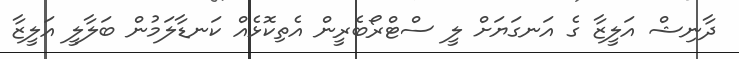
ދާނިޝް އަލީޒާ ގެ އަނގަޔަށް ލީ ސްޓްރޯބެރީން އެތިކޮޅެއް ކަނޑާލަމުން ބަލާލީ އަލީޒާ